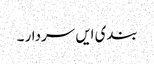
بندی ایں سردار ۔